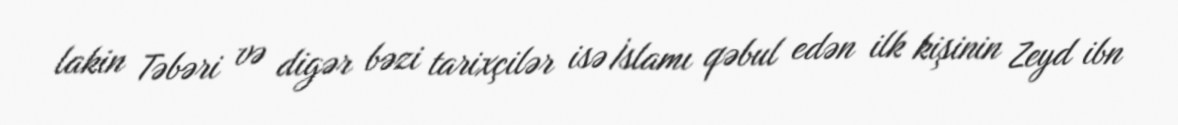
lakin Təbəri və digər bəzi tarixçilər isə İslamı qəbul edən ilk kişinin Zeyd ibn